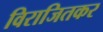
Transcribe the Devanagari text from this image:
विराजितकर